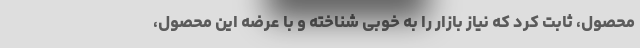
محصول، ثابت کرد که نیاز بازار را به خوبی شناخته و با عرضه این محصول،